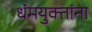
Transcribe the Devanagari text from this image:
धंमयुक्तांना